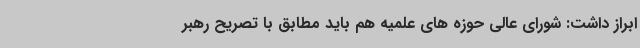
ابراز داشت: شورای عالی حوزه های علمیه هم باید مطابق با تصریح رهبر